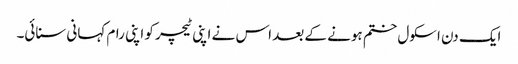
ایک دن اسکول ختم ہونے کے بعد اس نے اپنی ٹیچر کو اپنی رام کہانی سنائی۔